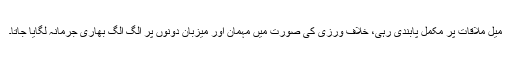
میل ملاقات پر مکمل پابندی رہی، خلاف ورزی کی صورت میں مہمان اور میزبان دونوں پر الگ الگ بھاری جرمانہ لگایا جاتا۔